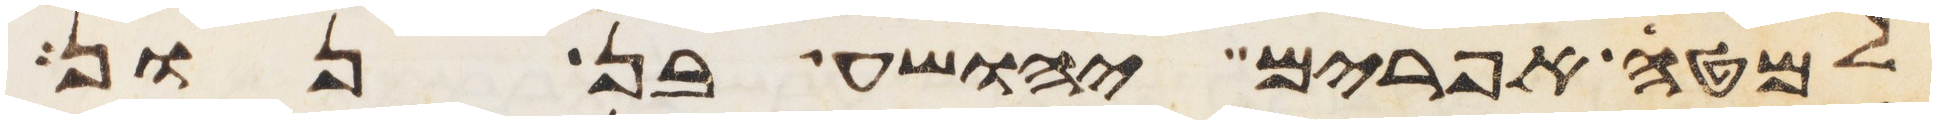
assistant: למטה אפרים יהושע בן נון